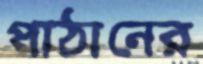
পাঠানের